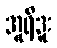
အူရီဒူး